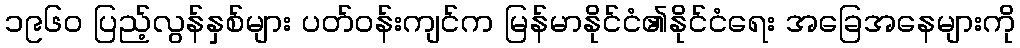
၁၉၆၀ ပြည့်လွန်နှစ်များ ပတ်ဝန်းကျင်က မြန်မာနိုင်ငံ၏နိုင်ငံရေး အခြေအနေများကို